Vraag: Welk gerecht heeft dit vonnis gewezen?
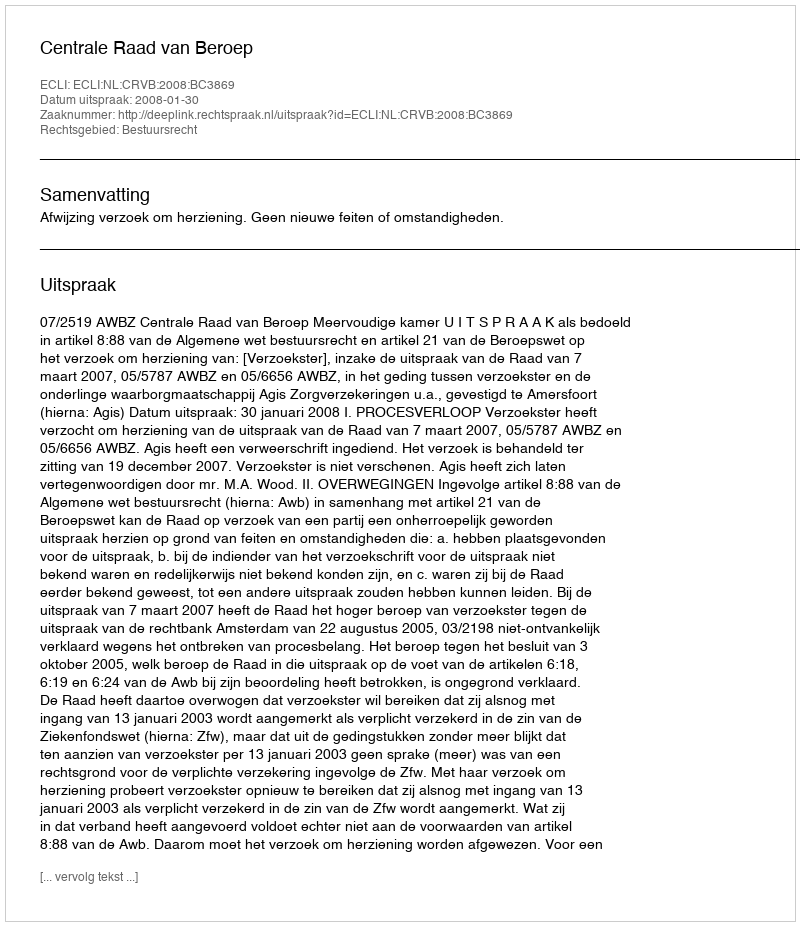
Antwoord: Centrale Raad van Beroep